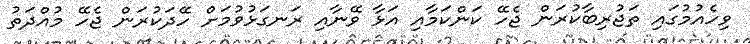
ވިހެއުމުގައި ތަޖުރިބާކުރަން ޖެހޭ ކަންކަމާއި އަޅާ ވޭނާއި ރަނގަޅުވުމަށް ހޭދަކުރަން ޖެހޭ މުއްދަތު